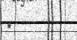
٢